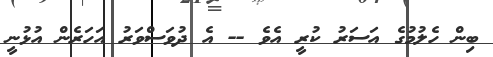
ބިން ހެލުމުގެ އަސަރު ކުރީ އެވެ -- އެ ދުވަސްވަރު އަހަރެން އުޅުނީ